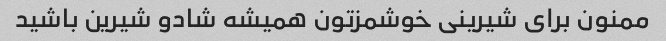
ممنون برای شیرینی خوشمزتون همیشه شادو شیرین باشید